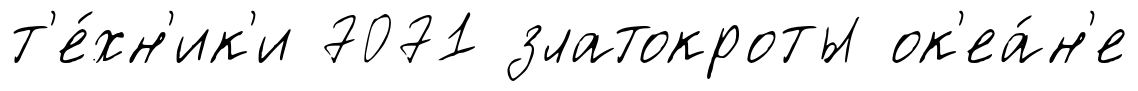
т'е́хн'ик'и 7071 златокроты ок'еа́н'е